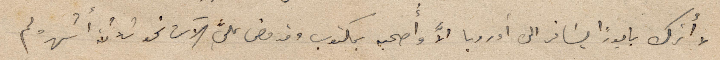
لا أترك بابوراً يسافر الى أوروبا الاَّ واصحبه بمكتوب وقد مضى على الآن نحو ثلاثة اشهر ولم